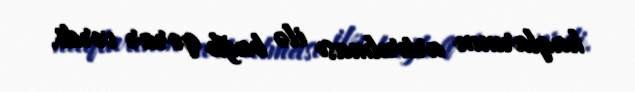
haqlarının artırılması ilə bağlı qərar verdi.